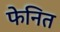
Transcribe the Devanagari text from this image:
फेनित